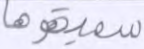
سميتموها